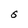
Character: S